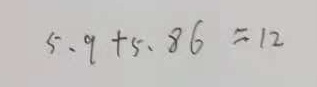
5 . 9 + 5 . 8 6 = 1 2